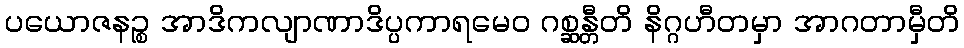
ပယောဇနဉ္စ အာဒိကလျာဏာဒိပ္ပကာရမေဝ ဂစ္ဆန္တီတိ နိဂ္ဂဟီတမှာ အာဂတာမှီတိ